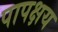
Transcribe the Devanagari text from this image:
पापक्षय